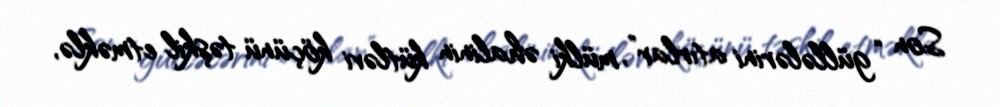
Son “güllələrini atırlar”, mülki əhalinin kütləvi köçünü təşkil etməklə,